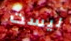
ليست